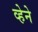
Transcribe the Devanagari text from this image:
व्हेने